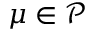
\mu \in \mathcal P